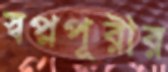
স্বপ্নপূরীর